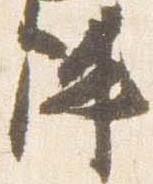
陣